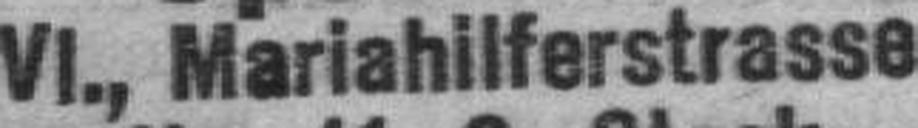
VI., Mariahilferstrasse